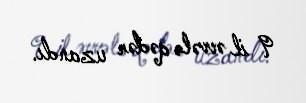
9 il əvvələ qədər uzandı.